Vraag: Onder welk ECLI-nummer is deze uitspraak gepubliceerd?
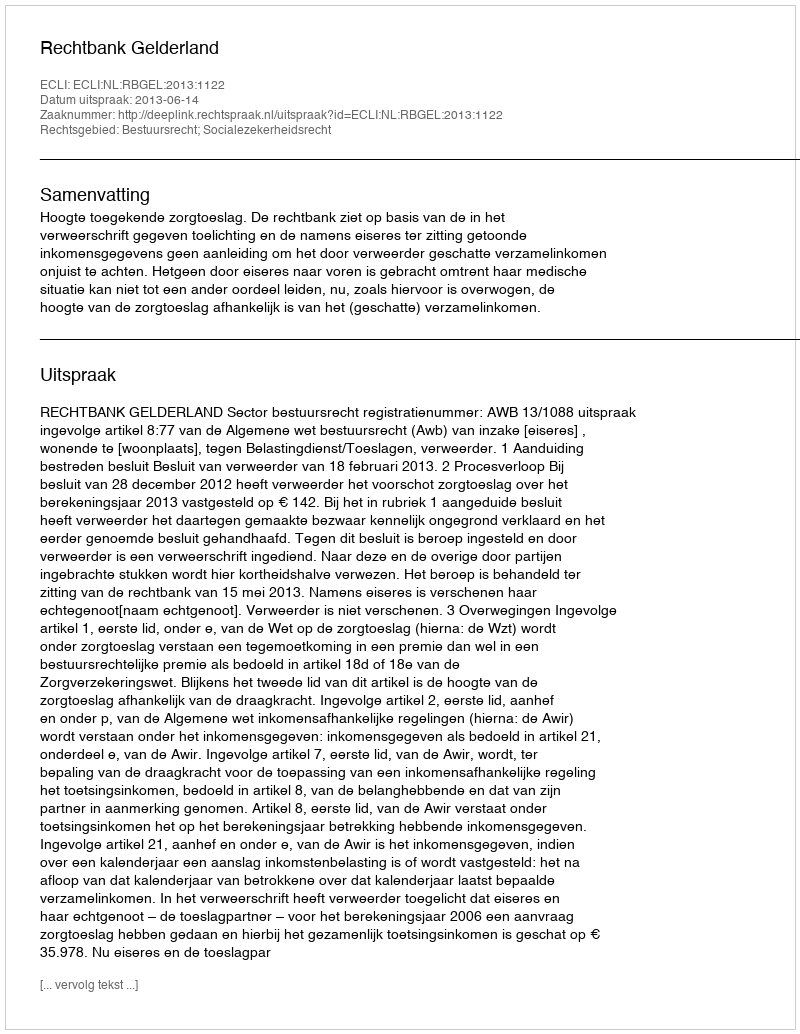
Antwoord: ECLI:NL:RBGEL:2013:1122